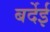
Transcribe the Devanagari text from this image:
बर्देई